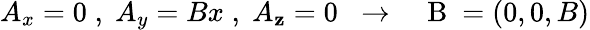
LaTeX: A_{x}=0\; ,\; A_{y}=Bx\; ,\; A_{\mathbf{z}}=0\; \; \to\; \; \mathrm{{~\mathbf{~}B~}}=(0,0,B)